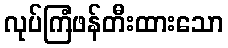
လုပ်ကြံဖန်တီးထားသော